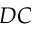
D C